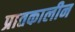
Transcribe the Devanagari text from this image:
प्रातकालीन